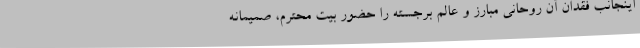
اینجانب فقدان آن روحانی مبارز و عالم برجسته را حضور بیت محترم، صمیمانه